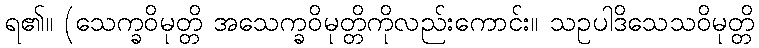
ရ၏။ (သေက္ခဝိမုတ္တိ အသေက္ခဝိမုတ္တိကိုလည်းကောင်း။ သဥပါဒိသေသဝိမုတ္တိ